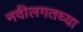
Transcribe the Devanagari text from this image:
नदीलगतच्या